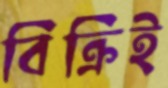
বিক্রিই